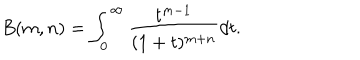
B ( m , n ) = \int _ { 0 } ^ { \infty } \frac { t ^ { m - 1 } } { ( 1 + t ) ^ { m + n } } d t .